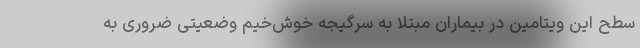
سطح این ویتامین در بیماران مبتلا به سرگیجه خوش‌خیم وضعیتی ضروری به